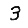
Digit: 3